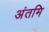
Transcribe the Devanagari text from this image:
अंतमि